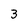
Character: 3